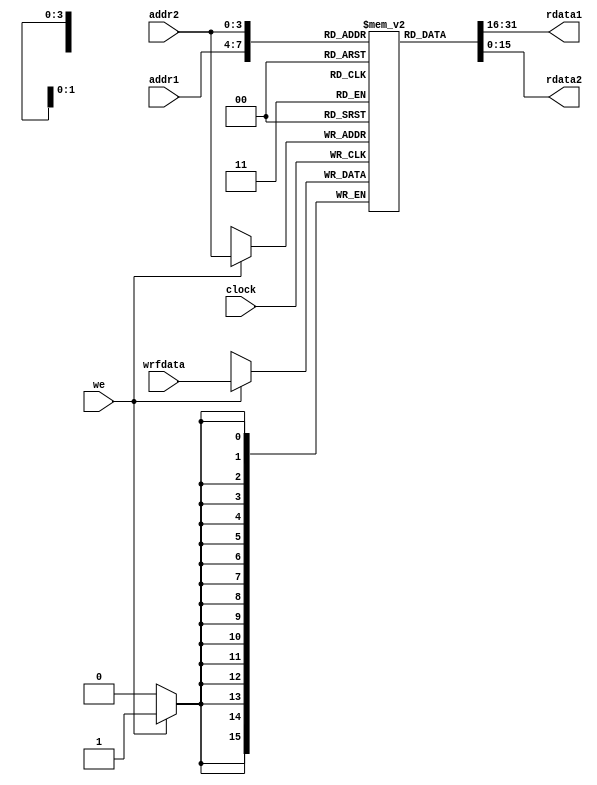
module regfile(
	input		clock,
	input	[3:0]	addr1,
	input	[3:0]	addr2,
	input	[15:0]	wrfdata,

	input		we,

	output	[15:0]	rdata1,
	output	[15:0]	rdata2
);

reg [15:0] regs	[0:15];

assign rdata1 = regs[addr1];
assign rdata2 = regs[addr2];

always@(posedge clock)
begin
	if(we)
		regs[addr2] <= wrfdata;
end
/*
always@(*)
begin
	rdata1 <= regs[addr1];
	rdata2 <= regs[addr2];
end
*/
endmodule